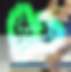
আখ